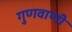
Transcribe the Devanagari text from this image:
गुणवाणी